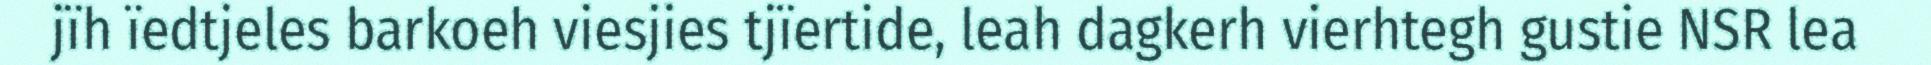
jïh ïedtjeles barkoeh viesjies tjïertide, leah dagkerh vierhtegh gustie NSR lea